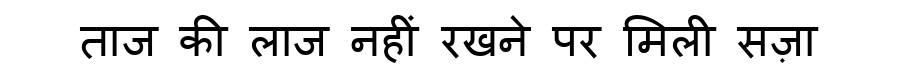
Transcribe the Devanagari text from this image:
ताज की लाज नहीं रखने पर मिली सज़ा